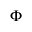
\Phi